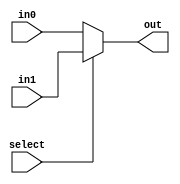
module mux_2_8_bit(out, select, in0, in1);
	input select;
	input [7:0] in0, in1;
	output [7:0] out;
	assign out = select ? in1 : in0;
endmodule